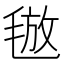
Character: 𣮙